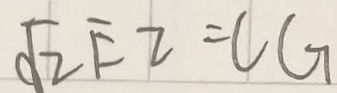
\sqrt { 2 } E Z = C G